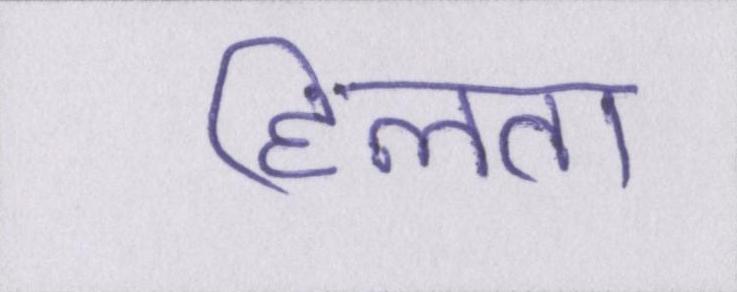
हिलता